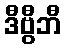
ဒီဗွီဘီ